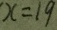
x = 1 9